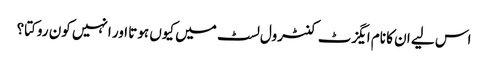
اس لیے ان کا نام ایگزٹ کنٹرول لسٹ میں کیوں ہوتا اور انہیں کون روکتا؟